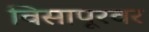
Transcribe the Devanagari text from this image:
विसापूरवर